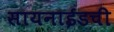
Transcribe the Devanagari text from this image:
सायनाईडची